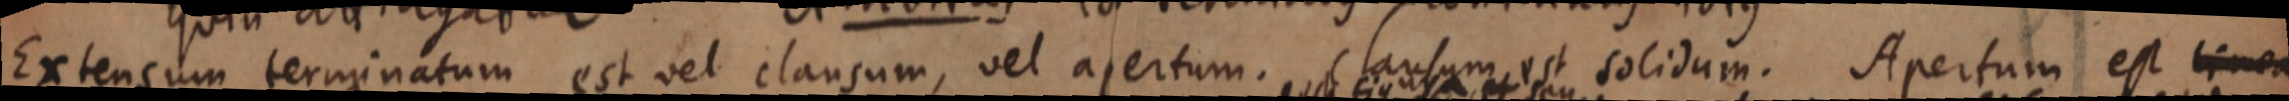
Extensum terminatum est vel clausum, vel apertum. clausum est solidum. Apertum est linea